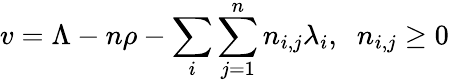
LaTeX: v=\Lambda-n\rho-\sum_{i}\sum_{j=1}^{n}n_{i,j}\lambda_{i},\; \; n_{i,j}\geq 0